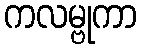
ကလမ္ဗုကာ